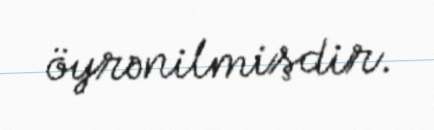
öyrənilmişdir.